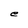
Character: e